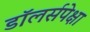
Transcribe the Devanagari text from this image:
डॉलर्सपेक्षा